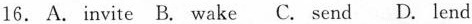
16. A. invite B. wake C. send D. lend